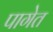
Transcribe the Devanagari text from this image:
पागेत